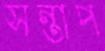
সন্তাপ